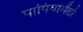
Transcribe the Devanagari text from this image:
पापियामेंतो